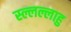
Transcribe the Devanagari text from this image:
स्ल्लल्लाहु